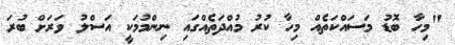
"މިހާ ބޮޑު މަސައްކަތެއް މިހާ ކުރު މުއްދަތެއްގައި ނިންމުމަކީ އަސްލު ވަރަށް ބުރަ